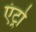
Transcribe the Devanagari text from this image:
एंट्रो